Mental hospitals Bombay report 1921-28 - 1921-1928
Year: 1921
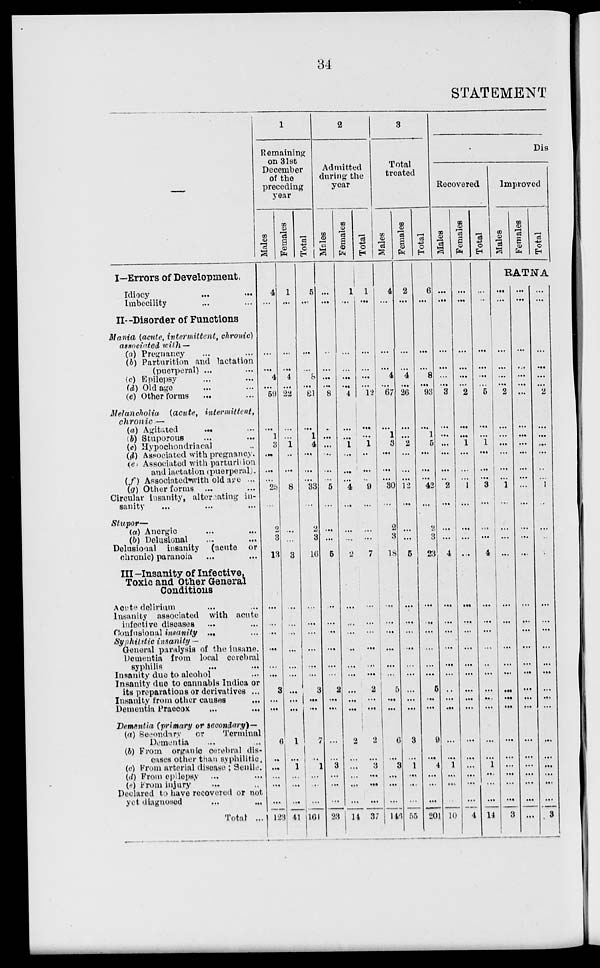
34
STATEMENT
—
I—Errors of Development.
Idiocy ... ...
Imbecility ... ...
II—Disorder of Functions
Mania (acute, intermittent, chronic)
associated with —
(a) Pregnancy ... ...
(b) Parturition and lactation
(puerperal) ... ...
(c) Epilepsy ... ...
(d) Old age ... ...
(e) Other forms ... ...
Melancholia (acute, intermittent,
chronic —
(a) Agitated ... ...
(b) Stuporous ... ...
(c) Hypochondriacal ... ...
(d) Associated with pregnancy.
(e) Associated with parturition
and lactation (puerperal).
(f) Associated with old age ...
(g) Other forms ...
Circular insanity, alternating in-
sanity ... ... ...
Stupor—
(a) Anergic ... ...
(b) Delusional ... ...
Delusional
insanity (acute or
chronic) paranoia ... ...
III -Insanity of Infective,
Toxic and Other General
Conditions
Acute delirium ... ...
Insanity associated with acute
infective diseases ... ...
Confusional insanity ...
Syphilitic insanity —
General paralysis of the insane.
Dementia from local cerebral
syphilis ... ... ...
Insanity due to alcohol ...
Insanity due to cannabis Indica or
its preparations or derivatives ...
Insanity from other causes ...
Dementia Praecox ... ...
Dementia (primary or secondary)—
(a) Secondary
or
Terminal
Dementia ... ...
(b) From organic cerebral dis-
eases other than syphilitic.
(c) From arterial disease ; Senile.
(d) From epilepsy ... ...
(e) From injury ... ...
Declared to have recovered or not
yet diagnosed ... ...
Total ...
1
Remaining
on 31st
December
of the
preceding
year
Males
4
...
...
...
4
...
59
...
1
3
...
...
...
25
...
2
3
13
...
...
...
...
...
...
3
...
...
6
...
...
...
...
...
123
Females
1
...
...
...
4
...
22
...
...
1
...
...
...
8
...
...
...
3
...
...
...
...
...
...
...
...
...
1
...
1 ...
...
...
41
Total
5
...
...
...
8
...
81
...
1
4
...
...
...
33
...
2
3
16
...
...
...
...
...
...
3
...
...
7
...
1
...
...
...
161
2
Admitted
during the
year
Males
...
...
...
...
...
...
8
...
...
...
...
...
...
5
...
...
...
5
...
...
...
...
...
...
2
...
...
...
...
3
...
...
...
23
Females
1
...
...
...
...
...
4
...
...
1
...
...
...
4
...
...
...
...
...
...
...
...
...
...
...
...
...
2
...
...
...
...
...
14
Total
1
...
...
...
...
...
12
...
...
1
...
...
...
9
...
...
...
7
...
...
...
...
...
...
2
...
...
2
...
3
...
...
...
37
3
Total
treated
Males
4
...
...
...
4
...
67
...
1
3
...
...
...
30
...
2
3
18
...
...
...
...
...
...
5
...
...
6
...
3
...
...
...
146
Females
2
...
...
...
4 ...
26
...
...
2
...
...
...
12
...
...
...
5
...
...
...
...
...
...
...
...
...
3
...
1
...
...
...
55
Total
6
...
...
...
8
...
93
...
1
5
...
...
...
42
...
2
3
23
...
...
...
...
...
...
5
...
...
9
...
4
...
...
...
201
Dis
Recovered
Males
...
...
...
...
...
...
3
...
...
...
...
...
...
2
...
...
...
4
...
...
...
...
...
...
...
...
...
...
...
1
...
...
...
10
Females
...
...
...
...
...
...
2
...
...
1
...
...
...
1
...
...
...
...
...
...
...
...
...
...
...
...
...
...
...
...
...
...
...
4
Total
...
...
...
...
...
...
5
...
...
1
...
...
...
3
...
...
...
4
...
...
...
...
...
...
...
...
...
...
...
1 ...
...
...
14
Improved
Males
Females
Total
RATNA
...
...
...
...
...
...
2
...
...
...
...
...
...
1
...
...
...
...
...
...
...
...
...
...
...
...
...
...
...
...
...
...
...
3
...
...
...
...
...
...
...
...
...
...
...
...
...
...
...
...
...
...
...
...
...
...
...
...
...
...
...
...
...
...
...
...
...
...
...
...
...
...
...
...
2
...
...
...
...
...
...
1
...
...
...
...
...
...
...
...
...
...
...
...
...
...
...
...
...
...
...
3